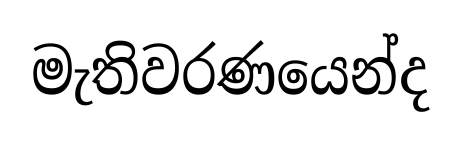
මැතිවරණයෙන්ද